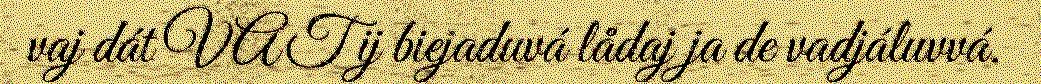
vaj dát VAT ij biejaduvá lådaj ja de vadjáluvvá.